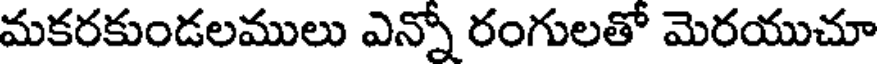
మకరకుండలములు ఎన్నో రంగులతో మెరయుచూ